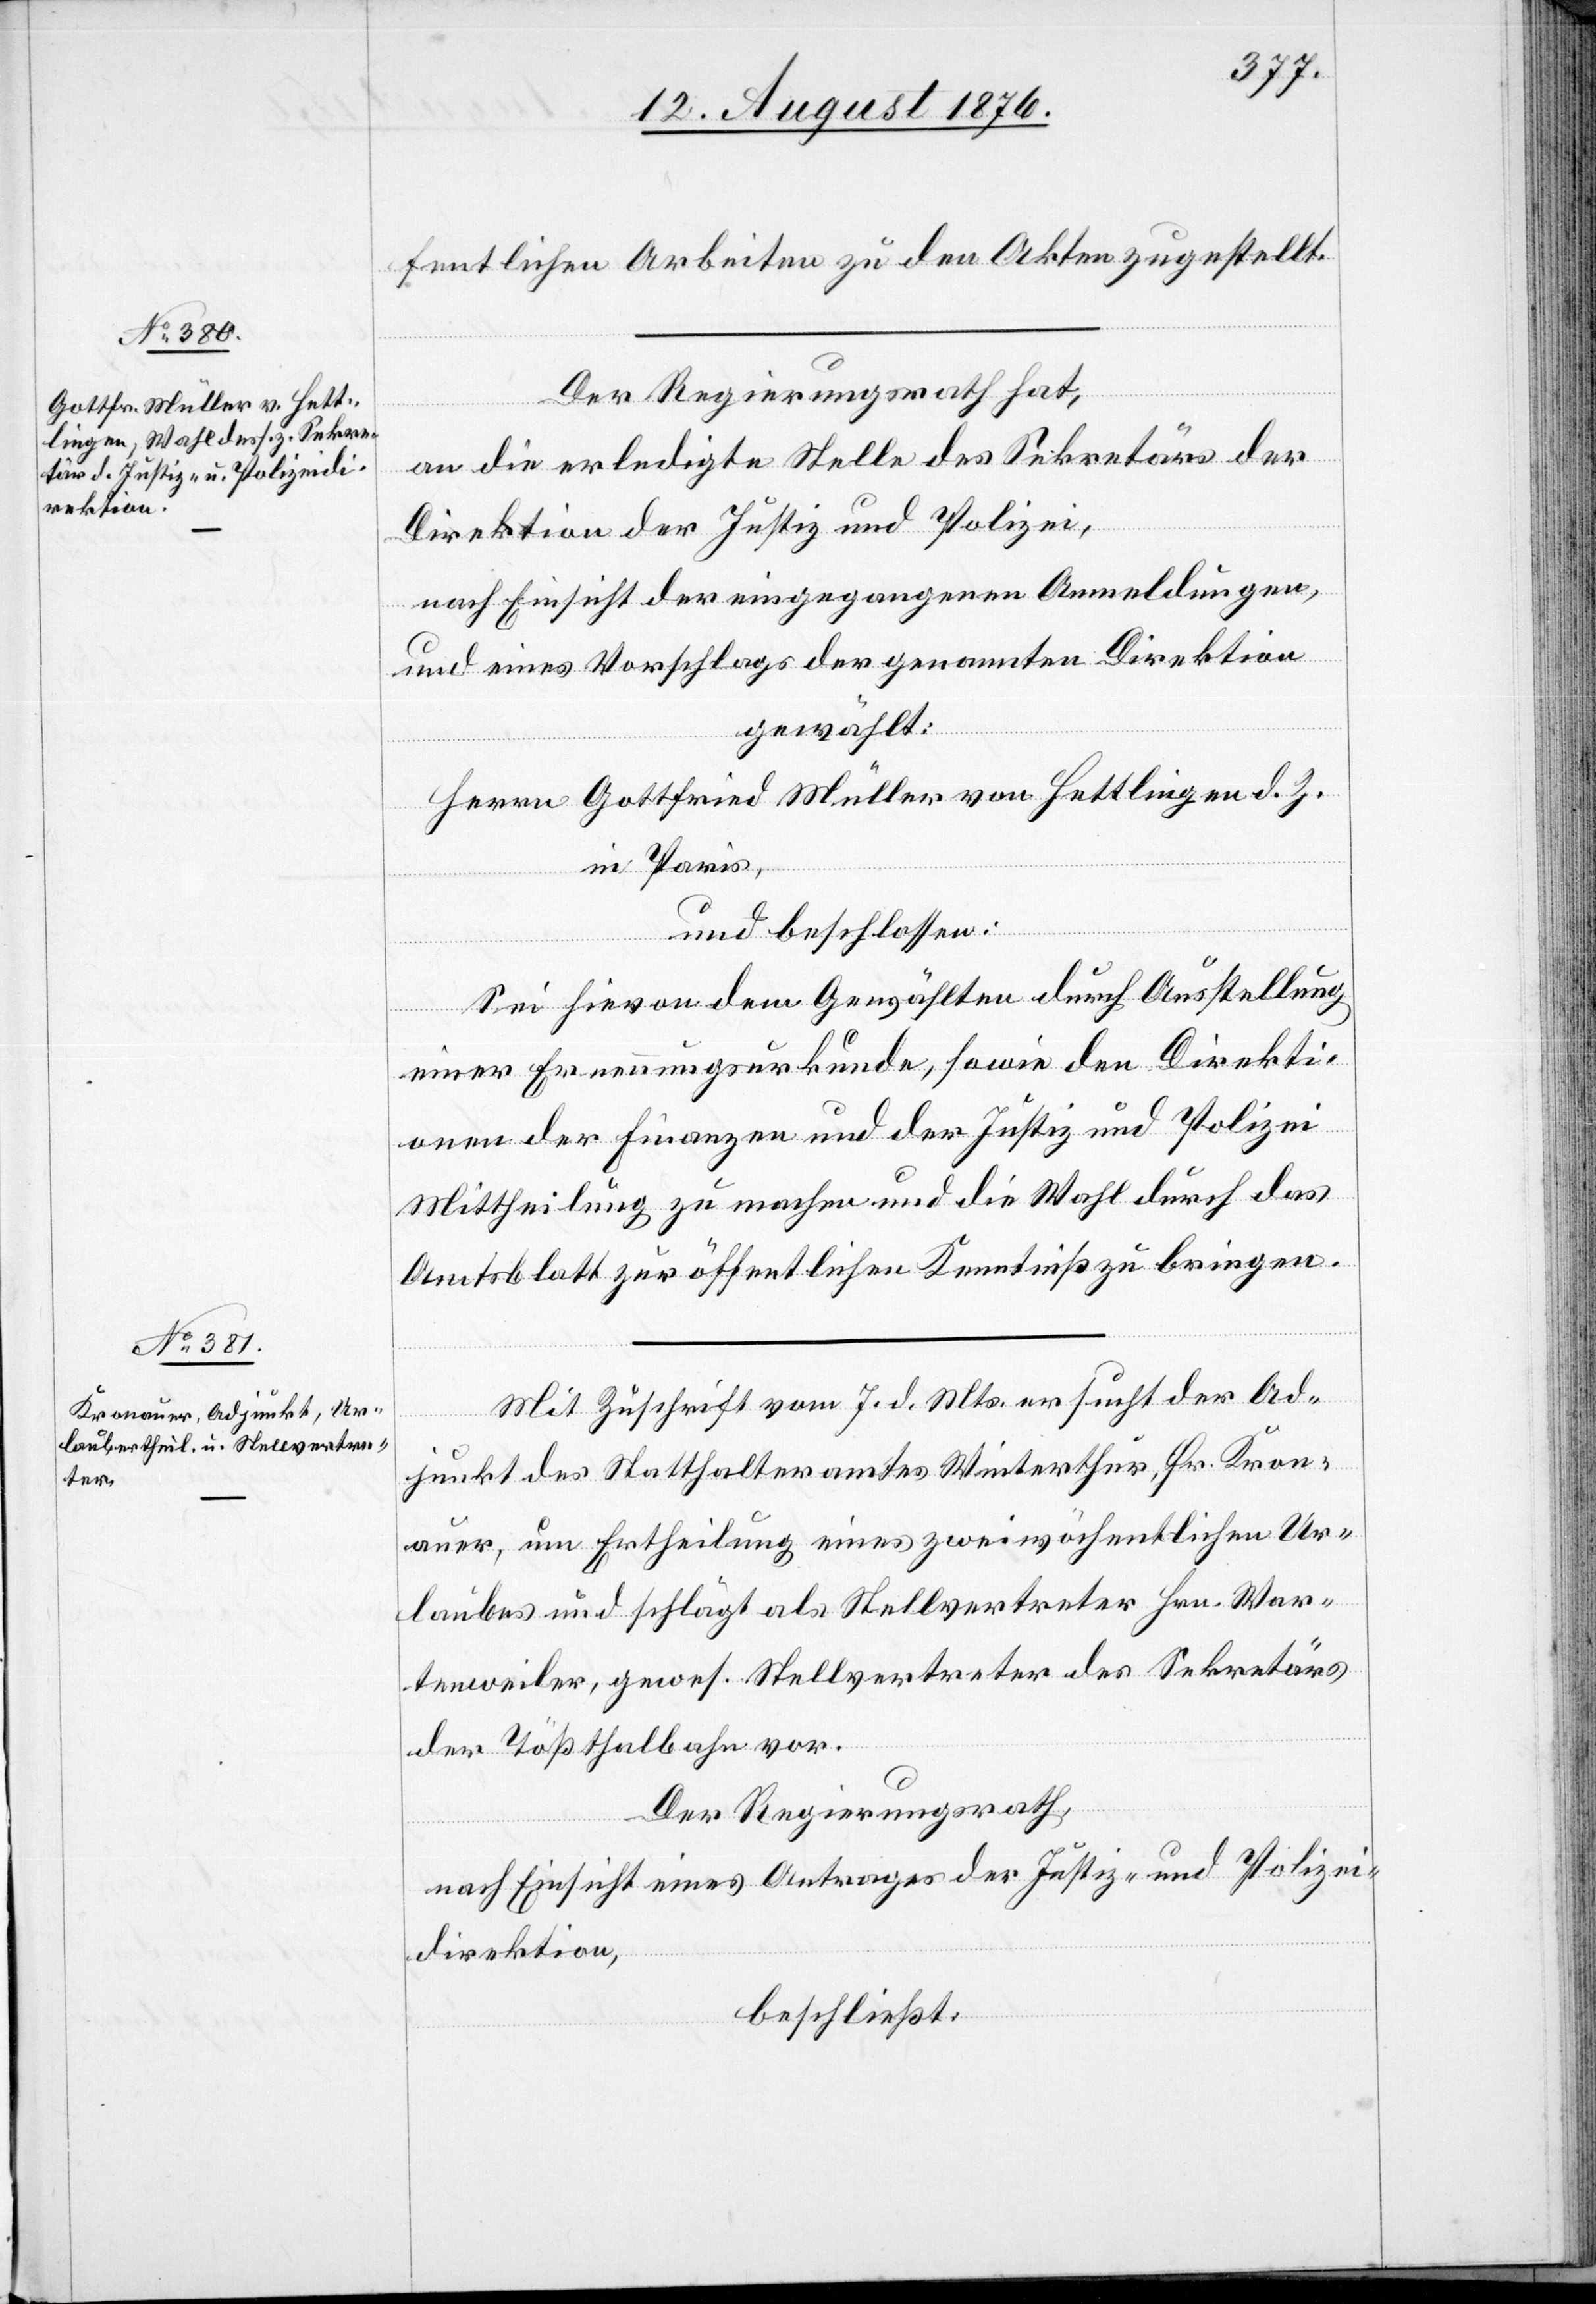
fentlichen Arbeiten zu den Akten zugestellt.
Der Regierungsrath hat,
an die erledigte Stelle des Sekretärs der
Direktion der Justiz und Polizei,
nach Einsicht der eingegangenen Anmeldungen,
und eines Vorschlags der genannten Direktion
gewählt:
Herrn Gottfried Müller von Hettlingen d. Z.
in Paris,
und beschlossen:
Sei hievon dem Gewählten durch Ausstellung
einer Erneuerungsurkunde, sowie den Direkti¬
onen der Finanzen und der Justiz und Polizei
Mittheilung zu machen und die Wahl durch das
Amtsblatt zur öffentlichen Kenntniß zu bringen.
Mit Zuschrift vom 7. d. Mts. ersucht der Ad¬
junkt des Statthalteramtes Winterthur Hr. Kron¬
auer, um Ertheilung eines zweiwöchentlichen Ur¬
laubes und schlägt als Stellvertreter Hrn. War¬
tenweiler, gewes. Stellvertreter des Sekretärs
der Tößthalbahn vor.
Der Regierungsrath,
nach Einsicht eines Antrages der Justiz- und Polizei¬
direktion,
beschließt: